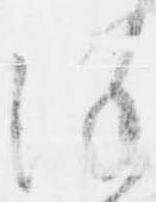
謹